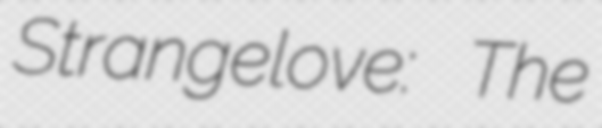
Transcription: Strangelove: The